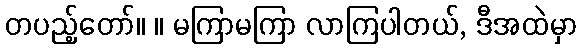
တပည့်တော်။ ။ မကြာမကြာ လာကြပါတယ်, ဒီအထဲမှာ